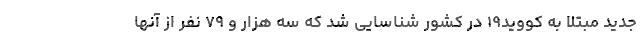
جدید مبتلا به کووید۱۹ در کشور شناسایی شد که سه هزار و ۷۹ نفر از آنها